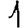
Digit: 1